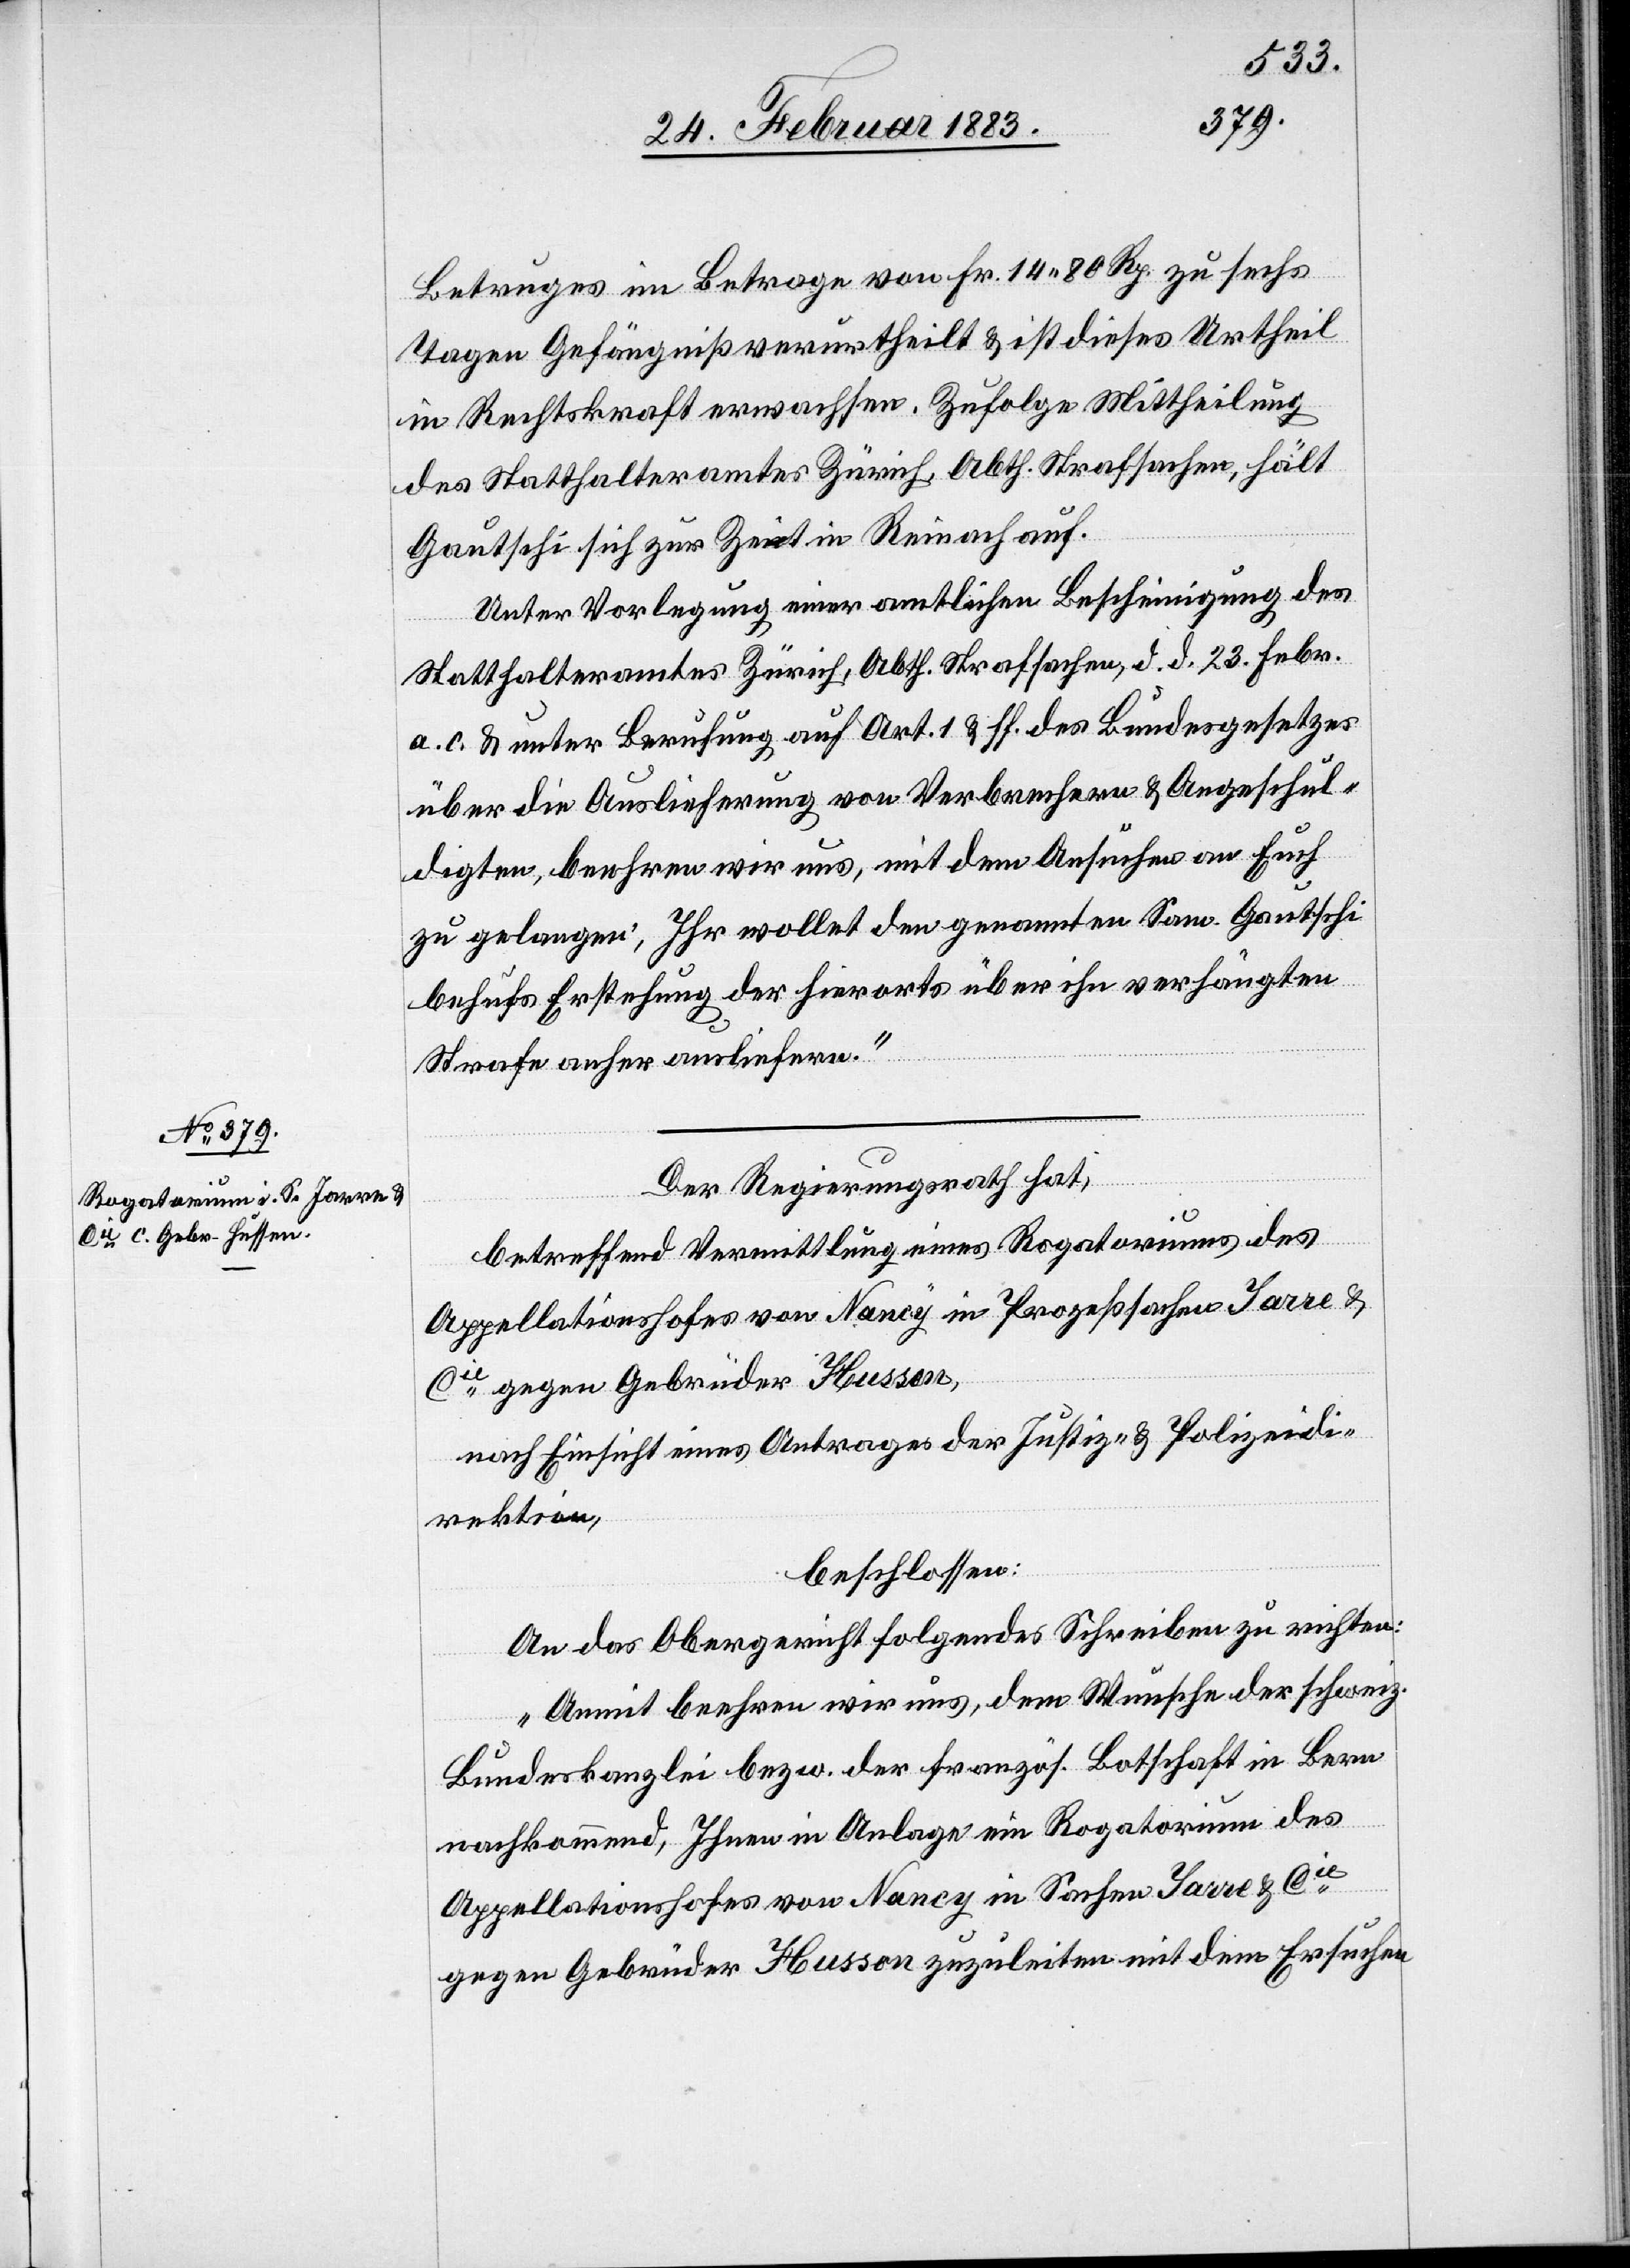
26. Februar 1883.]
Betruges im Betrage von Fr. 14 80 Rp. zu sechs
Tagen Gefängniß verurtheilt & ist dieses Urtheil
in Rechtskraft erwachsen. Zufolge Mittheilung
des Statthalteramtes Zürich, Abth. Strafsachen, hält
Gautschi sich zur Zeit in Reinach auf.
Unter Vorlegung einer amtlichen Bescheinigung des
Statthalteramtes Zürich, Abth. Strafsachen, d. d. 23. Febr.
a. c. & unter Berufung auf Art. 1 & ff. des Bundesgesetzes
über die Auslieferung von Verbrechern & Angeschul¬
digten, beehren wir uns, mit dem Ansuchen an Euch
zu gelangen, Ihr wollet den genannten Sam. Gautschi
behufs Erstehung der hierorts über ihn verhängten
Strafe anher ausliefern.“
[Präsidial-Verfügungen
Der Regierungsrath hat,
betreffend Vermittlung eines Rogatoriums des
Appellationshofes von Nancy in Prozeßsachen Jarre &
Cie gegen Gebrüder Husson
nach Einsicht eines Antrages der Justiz- & Polizeidi¬
rektion,
beschlossen:
An das Obergericht folgendes Schreiben zu richten:
„Anmit beehren wir uns, dem Wunsche der schweiz.
Bundeskanzlei bezw. der französ. Botschaft in Bern
nachkommend, Ihnen in Anlage ein Rogatorium des
Appellationshofes von Nancy in Sachen Jarre &Cie
gegen Gebrüder Husson zuzuleiten mit dem Ersuchen